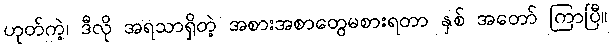
ဟုတ်ကဲ့၊ ဒီလို အရသာရှိတဲ့ အစားအစာတွေမစားရတာ နှစ် အတော် ကြာပြီ။